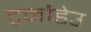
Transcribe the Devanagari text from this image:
ट्मौडेउ